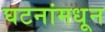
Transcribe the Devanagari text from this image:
घटनांमधून